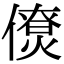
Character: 𠏗